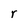
Character: r